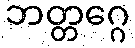
ဘတ္တဂ္ဂေ